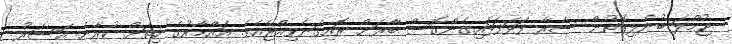
ޖުމްލަ ބުނެލިގޮތުން ސާރާ ފަޅަފަޅައިގެންގޮސް ބާރަށް ރޮއިގަނެވިއްޖެއެވެ. އައްމާރުގެ ހިތަށް ކުރާނެ އަސަރު